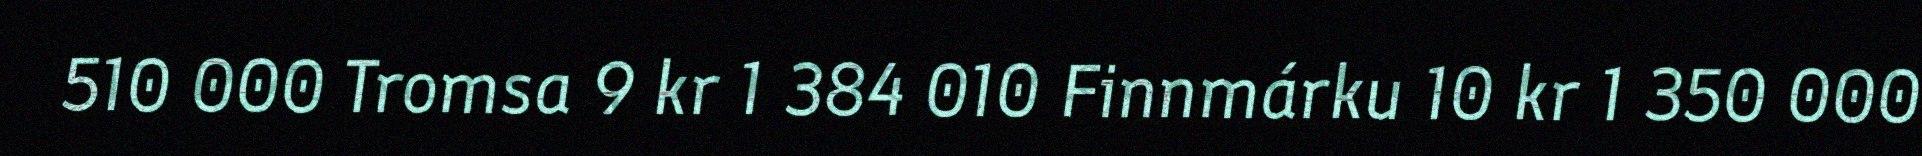
510 000 Tromsa 9 kr 1 384 010 Finnmárku 10 kr 1 350 000